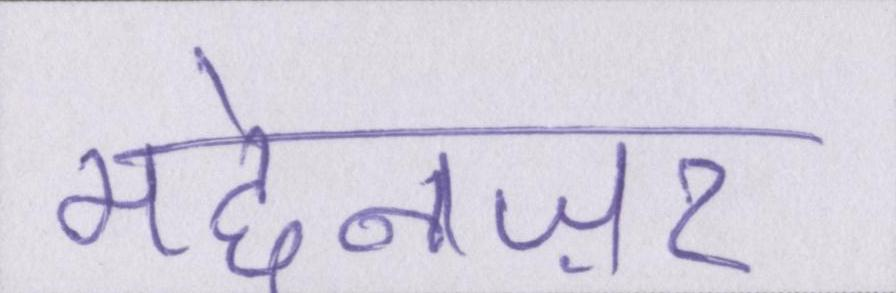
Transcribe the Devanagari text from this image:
मद्देनज़र